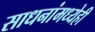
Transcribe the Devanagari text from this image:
साधनांमध्येही